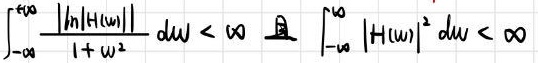
\[
\int_{-\infty}^{+\infty} \frac{|\ln|H(\omega)||}{1 + \omega^{2}} \, d\omega < \infty \quad \text{且} \quad \int_{-\infty}^{+\infty} |H(\omega)|^{2} \, d\omega < \infty
\]